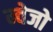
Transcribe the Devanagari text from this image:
म्वेजो